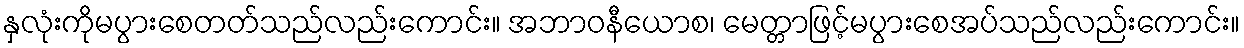
နှလုံးကိုမပွားစေတတ်သည်လည်းကောင်း။ အဘာဝနီယောစ၊ မေတ္တာဖြင့်မပွားစေအပ်သည်လည်းကောင်း။